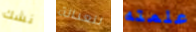
نشك للعدالة علمته